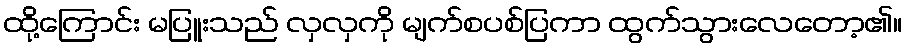
ထို့ကြောင်း မပြူးသည် လှလှကို မျက်စပစ်ပြကာ ထွက်သွားလေတော့၏။